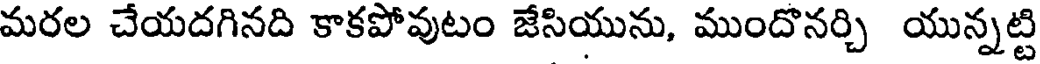
మరల చేయదగినది కాకపోవుటం జేసియును, ముందొనర్చి యున్నట్టి